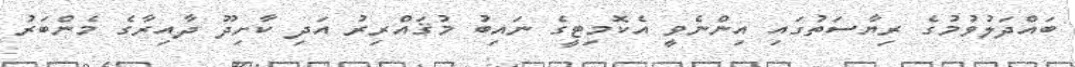
ބައްދަލުވުމުގެ ރިޔާސަތުގައި އިންނެވީ އެކޮމިޓީގެ ނައިބު މުޤައްރިރު އަދި ކާށިދޫ ދާއިރާގެ މެންބަރު